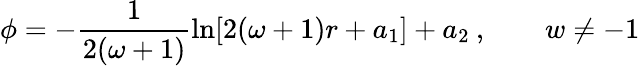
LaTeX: \phi=-\frac{1}{2(\omega+1)}\ln[2(\omega+1)r+a_{1}]+a_{2}\: ,\quad\quad w\neq-1